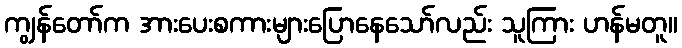
ကျွန်တော်က အားပေးစကားများပြောနေသော်လည်း သူကြား ဟန်မတူ။